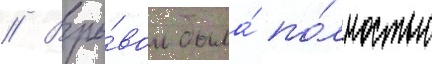
// Взры́вом была́ по́лностью